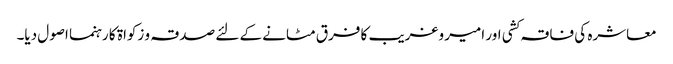
معاشرہ کی فاقہ کشی اور امیر وغریب کا فرق مٹانے کے لئے صدقہ و زکواۃ کا رہنما اصول دیا۔